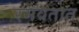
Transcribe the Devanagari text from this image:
रमवतात